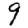
Digit: 9